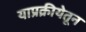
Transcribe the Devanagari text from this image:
याप्रक्रीयेतून